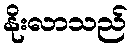
နိုးလာသည်